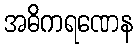
အဓိကရဏေန